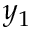
y _ { 1 }